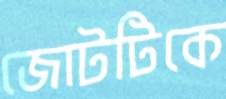
জোটটিকে